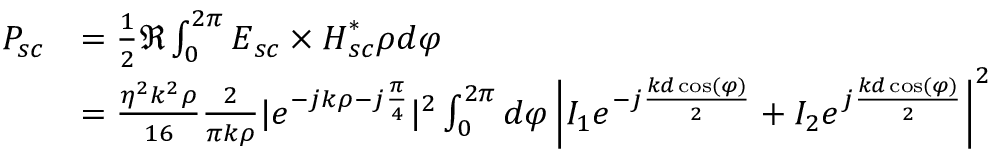
\begin{array} { r l } { P _ { s c } } & { = \frac { 1 } { 2 } \Re \int _ { 0 } ^ { 2 \pi } \boldsymbol { E } _ { s c } \times \boldsymbol { H } _ { s c } ^ { * } \rho d \varphi } \\ & { = \frac { \eta ^ { 2 } k ^ { 2 } \rho } { 1 6 } \frac { 2 } { \pi k \rho } | e ^ { - j k \rho - j \frac { \pi } { 4 } } | ^ { 2 } \int _ { 0 } ^ { 2 \pi } d \varphi \left| I _ { 1 } e ^ { - j \frac { k d \cos ( \varphi ) } { 2 } } + I _ { 2 } e ^ { j \frac { k d \cos ( \varphi ) } { 2 } } \right| ^ { 2 } } \end{array}